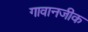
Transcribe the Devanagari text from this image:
गावानजीक